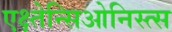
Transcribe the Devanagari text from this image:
एक्ष्तेन्सिओनिस्त्स